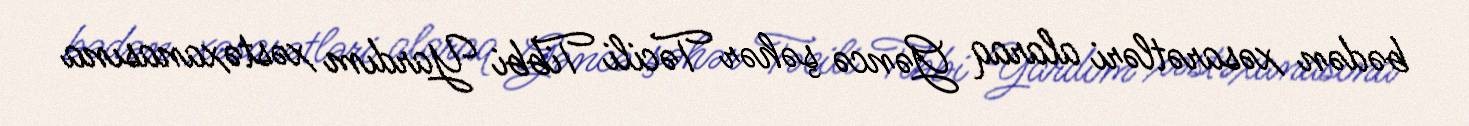
bədən xəsarətləri alaraq Gəncə şəhər Təcili Tibbi Yardım xəstəxanasına